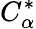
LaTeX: C_{\alpha}^{*}